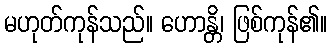
မဟုတ်ကုန်သည်။ ဟောန္တိ၊ ဖြစ်ကုန်၏။